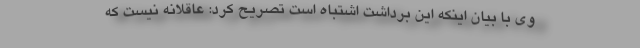
وی با بیان اینکه این برداشت اشتباه است تصریح کرد: عاقلانه نیست که